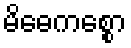
မိဓေကစ္စော